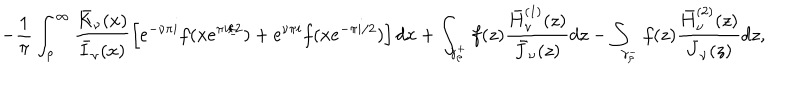
- \frac { 1 } { \pi } \int _ { \rho } ^ { \infty } { \frac { \bar { K } _ { \nu } ( x ) } { \bar { I } _ { \nu } ( x ) } \left[ e ^ { - \nu \pi i } f ( x e ^ { \pi i / 2 } ) + e ^ { \nu \pi i } f ( x e ^ { - \pi i / 2 } ) \right] d x } + \int _ { \gamma _ { \rho } ^ { + } } { f ( z ) \frac { \bar { H } _ { \nu } ^ { ( 1 ) } ( z ) } { \bar { J } _ { \nu } ( z ) } d z } - \int _ { \gamma _ { \rho } ^ { - } } { f ( z ) \frac { \bar { H } _ { \nu } ^ { ( 2 ) } ( z ) } { \bar { J } _ { \nu } ( z ) } d z } ,